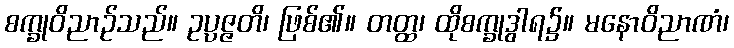
စက္ခုဝိညာဉ်သည်။ ဥပ္ပဇ္ဇတိ၊ ဖြစ်၏။ တတ္ထ၊ ထိုစက္ခုဒွါရ၌။ မနောဝိညာဏံ၊